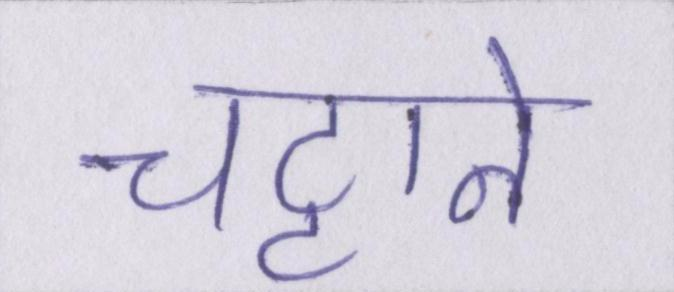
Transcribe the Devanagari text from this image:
चट्टाने